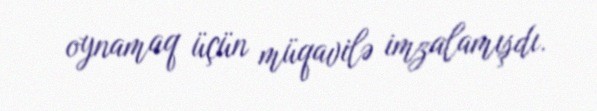
oynamaq üçün müqavilə imzalamışdı.